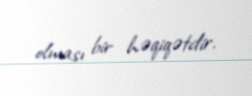
olması bir həqiqətdir.